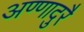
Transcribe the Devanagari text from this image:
अण्णादुरै